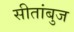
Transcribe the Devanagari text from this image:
सीतांबुज